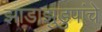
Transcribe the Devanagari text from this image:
झाडाझुडुपांचे